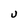
Character: u